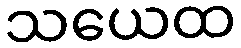
သယေထ